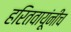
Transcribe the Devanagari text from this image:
हरितवायूंनीच